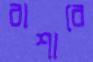
বাশারে